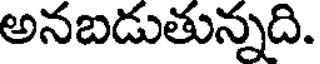
అనబడుతున్నది.